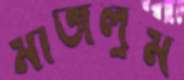
মাজলুম